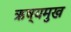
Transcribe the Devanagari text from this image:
ऋष्यमुख